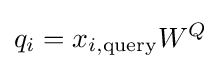
q_{i}=x_{i,{\text{query}}}W^{Q}